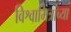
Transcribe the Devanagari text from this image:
विश्वामित्रांच्या